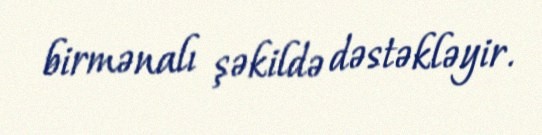
birmənalı şəkildə dəstəkləyir.